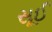
સૂઈ